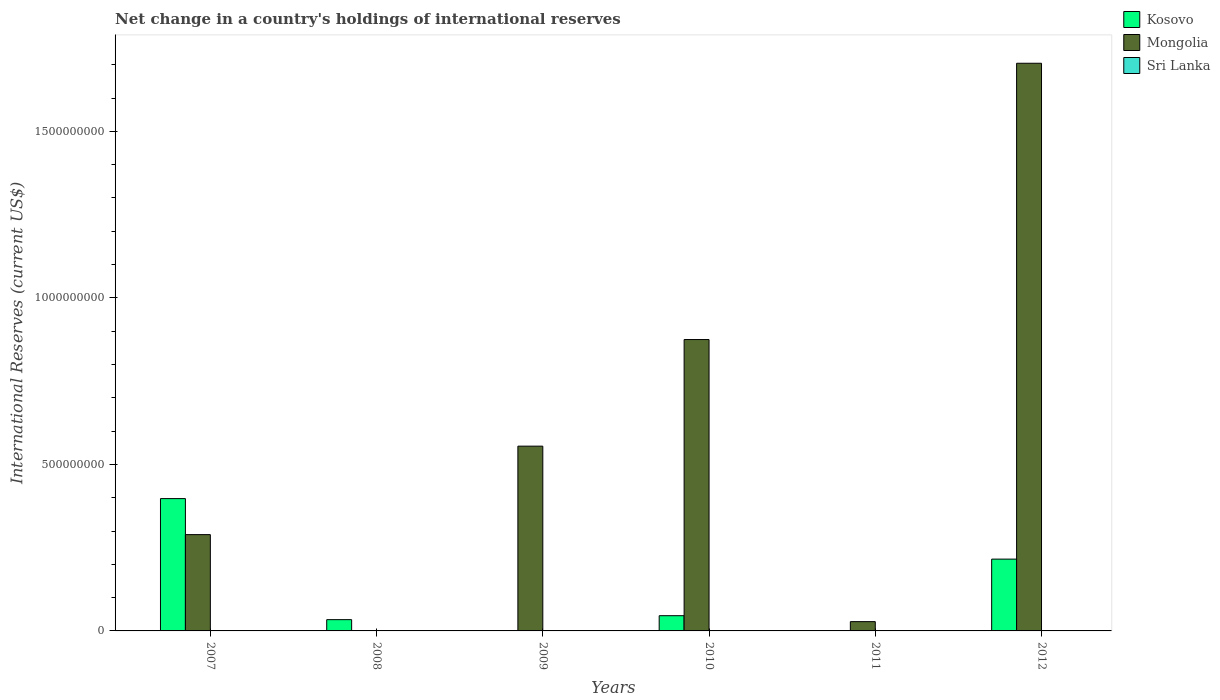
| Years | Kosovo | Mongolia | Sri Lanka |
 | --- | --- | --- | --- |
 | 2007 | 3.97e+08 | 2.89e+08 | -1.37e+09 |
 | 2008 | 3.38e+07 | -2.33e+08 | -2.97e+09 |
 | 2009 | -2.78e+08 | 5.55e+08 | -1.3e+09 |
 | 2010 | 4.57e+07 | 8.75e+08 | -2.78e+09 |
 | 2011 | -8.22e+07 | 2.79e+07 | -3.07e+09 |
 | 2012 | 2.16e+08 | 1.7e+09 | -2.3e+07 |